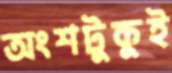
অংশটুকুই